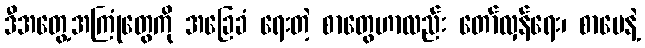
ဒီအတွေ့အကြုံတွေကို အခြေခံ ရေးတဲ့ စာတွေဟာလည်း တော်လှန်ရေး၊ စာပေနဲ့